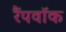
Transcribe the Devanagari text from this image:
रैंपवॉक